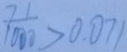
\frac { 7 1 } { 1 0 0 0 } > 0 . 0 7 1